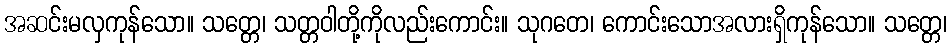
အဆင်းမလှကုန်သော။ သတ္တေ၊ သတ္တဝါတို့ကိုလည်းကောင်း။ သုဂတေ၊ ကောင်းသောအလားရှိကုန်သော။ သတ္တေ၊